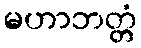
မဟာဘတ္တံ